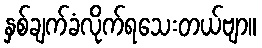
နှစ်ချက်ခံလိုက်ရသေးတယ်ဗျာ။